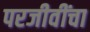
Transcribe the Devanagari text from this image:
परजीवींचा